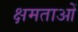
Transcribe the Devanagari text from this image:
क्षमताआें